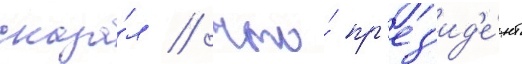
сказа́л / что́ пр'ез'ид'е́нт